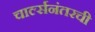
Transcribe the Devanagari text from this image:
चार्ल्सनंतरची